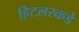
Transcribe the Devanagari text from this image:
हिटलरकडे